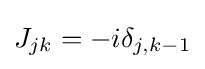
J_{jk}=-i\delta _{j,k-1}